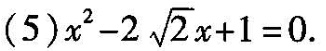
(5) $$)x^{2}-2 \sqrt{2}x+1=0$$.